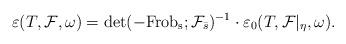
LaTeX: \begin{align*}\varepsilon(T,\mathcal F,\omega)=\det(-{\rm Frob_s};\mathcal F_{\bar s})^{-1}\cdot \varepsilon_0(T,\mathcal F|_{\eta},\omega).\end{align*}